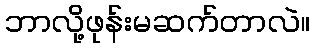
ဘာလို့ဖုန်းမဆက်တာလဲ။